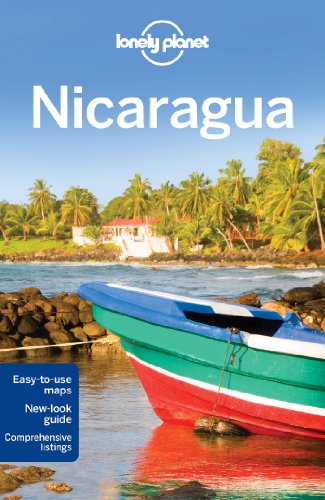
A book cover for Lonely Planet Nicaragua (Travel Guide); Lonely Planet; Sports & Outdoors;